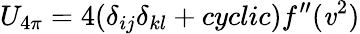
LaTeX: U_{4\pi}=4(\delta_{ij}\delta_{kl}+cyclic)f^{\prime\prime}(\mathit{v}^{2})